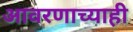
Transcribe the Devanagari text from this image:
आवरणाच्याही